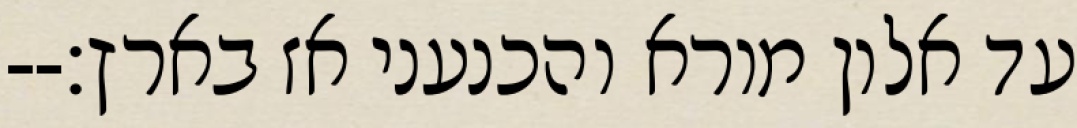
עד אלון מורא והכנעני אז בארץ׃--